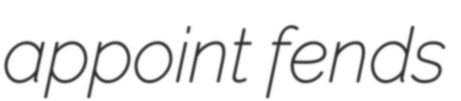
appoint fends